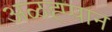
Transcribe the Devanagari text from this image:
अळह्प्पान